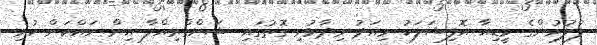
ފުލުހުންގެ މީޑިއާ އޮފިޝަލަކު މިއަދު ވިދާޅުވި ގޮތުގައި ޝަންގްރިއްލާ އިން ވައްކަން ކުރި